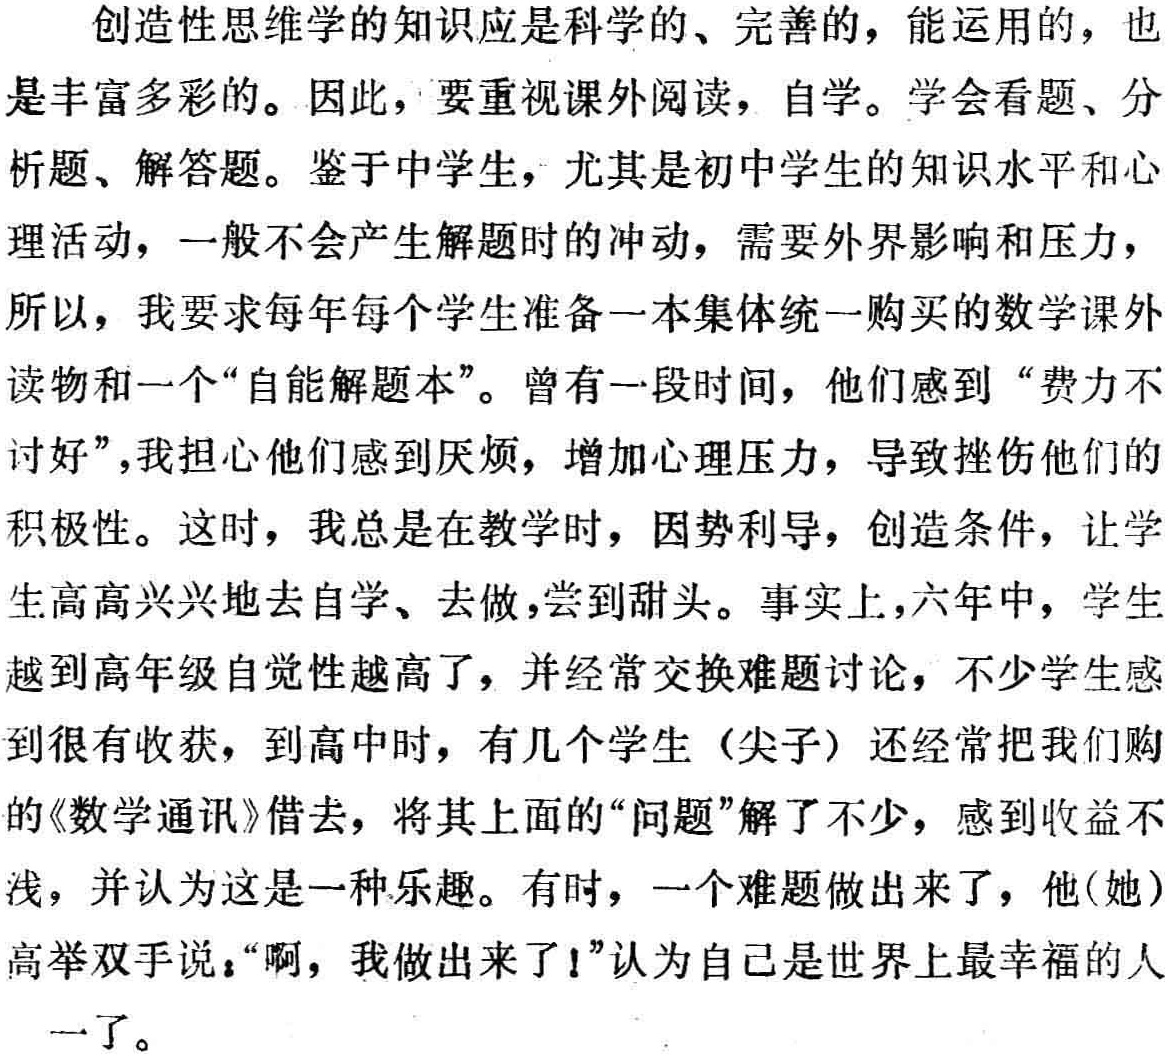
创造性思维学的知识应是科学的、完善的，能运用的，也是丰富多彩的。因此，要重视课外阅读，自学。学会看题、分析题、解答题。鉴于中学生，尤其是初中学生的知识水平和心理活动，一般不会产生解题时的冲动，需要外界影响和压力，所以，我要求每年每个学生准备一本集体统一购买的数学课外读物和一个“自能解题本”。曾有一段时间，他们感到“费力不讨好”，我担心他们感到厌烦，增加心理压力，导致挫伤他们的积极性。这时，我总是在教学时，因势利导，创造条件，让学生高高兴兴地去自学、去做，尝到甜头。事实上，六年中，学生越到高年级自觉性越高了，并经常交换难题讨论，不少学生感到很有收获，到高中时，有几个学生（尖子）还经常把我们购的《数学通讯》借去，将其上面的“问题”解了不少，感到收益不浅，并认为这是一种乐趣。有时，一个难题做出来了，他(她)高举双手说：“啊，我做出来了！”认为自己是世界上最幸福的人了。